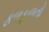
ફળફળતો